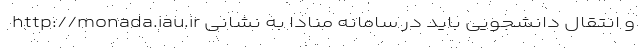
و انتقال دانشجویی باید در سامانه منادا به نشانی http://monada.iau.ir